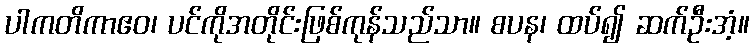
ပါကတိကာဧဝ၊ ပင်ကိုအတိုင်းဖြစ်ကုန်သည်သာ။ စပန၊ ထပ်၍ ဆက်ဦးအံ့။